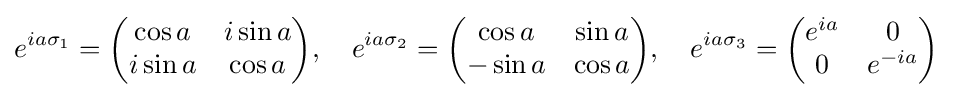
e^{ia\sigma _{1}}={\begin{pmatrix}\cos a&i\sin a\\i\sin a&\cos a\end{pmatrix}},\quad e^{ia\sigma _{2}}={\begin{pmatrix}\cos a&\sin a\\-\sin a&\cos a\end{pmatrix}},\quad e^{ia\sigma _{3}}={\begin{pmatrix}e^{ia}&0\\0&e^{-ia}\end{pmatrix}}